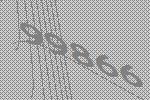
99866